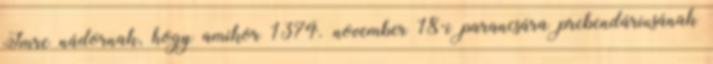
Imre nádornak, hogy amikor 1374. november 18-i parancsára prebendáriusának